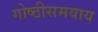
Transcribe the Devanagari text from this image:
गोष्ठीसमवाय